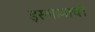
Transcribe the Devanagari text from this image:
इस्लामाची